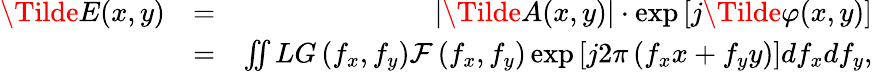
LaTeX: \begin{array}{rlr}{\Tilde{E}(x,y)}&{=}&{\left|\Tilde{A}(x,y)\right|\cdot\exp\left[j\Tilde{\varphi}(x,y)\right]}\\ &{=}&{\iint LG\left(f_{x},f_{y}\right)\mathcal{F}\left(f_{x},f_{y}\right)\exp\left[j2\pi\left(f_{x}x+f_{y}y\right)\right]df_{x}df_{y},}\end{array}